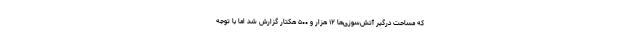
که مساحت درگیر آتش‌سوزی‌ها ۱۲ هزار و ۵۰۰ هکتار گزارش شد اما با توجه